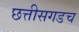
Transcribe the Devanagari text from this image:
छत्तीसगडच